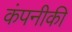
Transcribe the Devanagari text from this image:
कंपनीकी